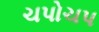
ચપોચપ